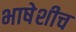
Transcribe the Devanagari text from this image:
भाषेशीच